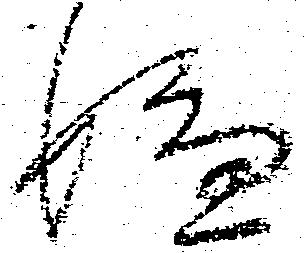
嫌